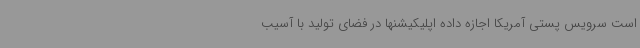
است سرویس پستی آمریکا اجازه داده اپلیکیشنها در فضای تولید با آسیب